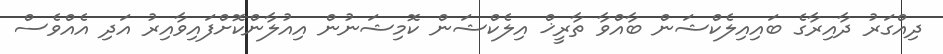
ދިއްގަރު ދާއިރާގެ ބައިއިލެކްޝަން ބާއްވާ ތާރީޚް އިލެކްޝަން ކޮމިޝަނުން އިއުލާންކޮށްފައިވާއިރު އަދި އެއްވެސް